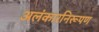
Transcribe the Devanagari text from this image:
अलंकारनिरूपण